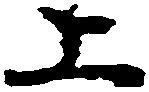
上